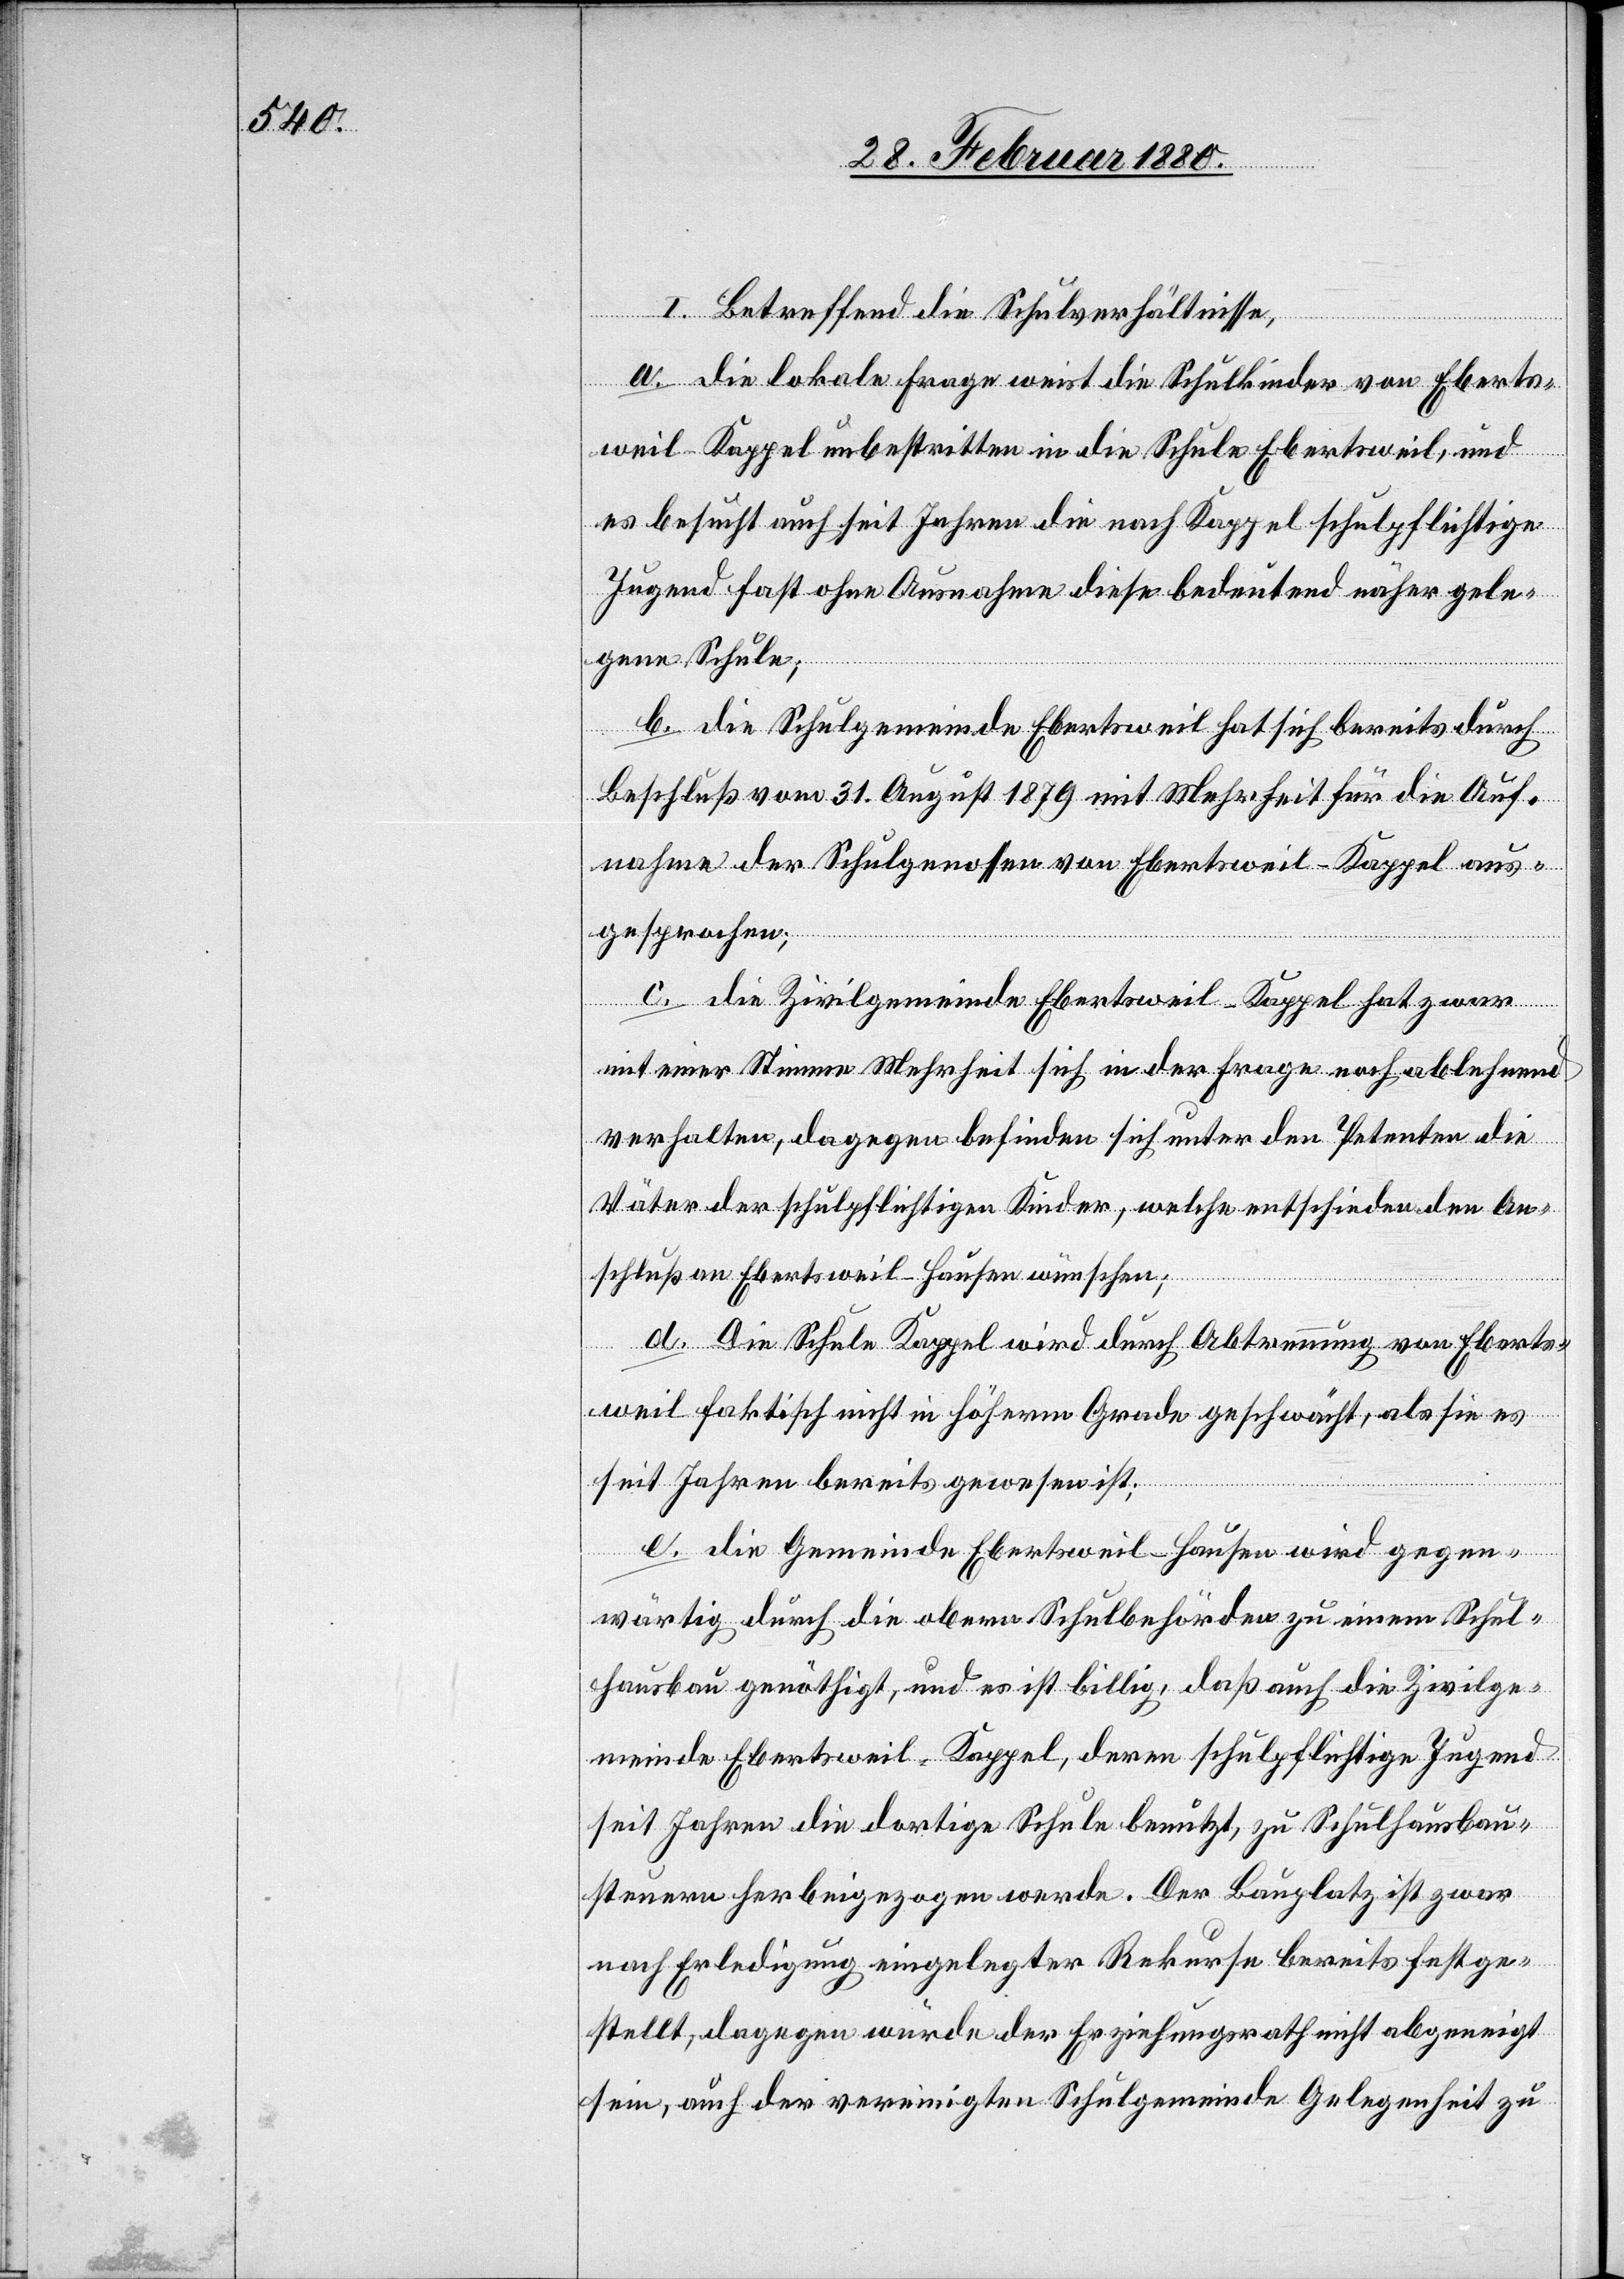
I. Betreffend die Schulverhältnisse,
a. die lokale Frage weist die Schulkinder von Eberts¬
weil-Kappel unbestritten in die Schule Ebertsweil, und
es besucht auch seit Jahren die nach Kappel schulpflichtige
Jugend fast ohne Ausnahme diese bedeutend näher gele¬
gene Schule;
b. die Schulgemeinde Ebertsweil hat sich bereits durch
Beschluß vom 31. August 1879 mit Mehrheit für die Auf¬
nahme der Schulgenossen von Ebertsweil-Kappel aus¬
gesprochen;
c. die Zivilgemeinde Ebertsweil-Kappel hat zwar
mit einer Stimme Mehrheit sich in der Frage noch ablehnend
verhalten, dagegen befinden sich unter den Petenten die
Väter der schulpflichtigen Kinder, welche entschieden den An¬
schluß an Ebertsweil-Hausen wünschen;
d. Die Schule Kappel wird durch Abtrennung von Eberts¬
weil faktisch nicht in höherm Grade geschwächt, als sie es
seit Jahren bereits gewesen ist;
e. die Gemeinde Ebertsweil-Hausen wird gegen¬
wärtig durch die obern Schulbehörden zu einem Schul¬
hausbau genöthigt, und es ist billig, daß auch die Zivilge¬
meinde Ebertsweil-Kappel, deren schulpflichtige Jugend
seit Jahren die dortige Schule benutzt, zu Schulhausbau¬
steuern herbeigezogen werde. Der Bauplatz ist zwar
nach Erledigung eingelegter Rekurse bereits festge¬
stellt, dagegen würde der Erziehungsrath nicht abgeneigt
sein, auch der vereinigten Schulgemeinde Gelegenheit zu